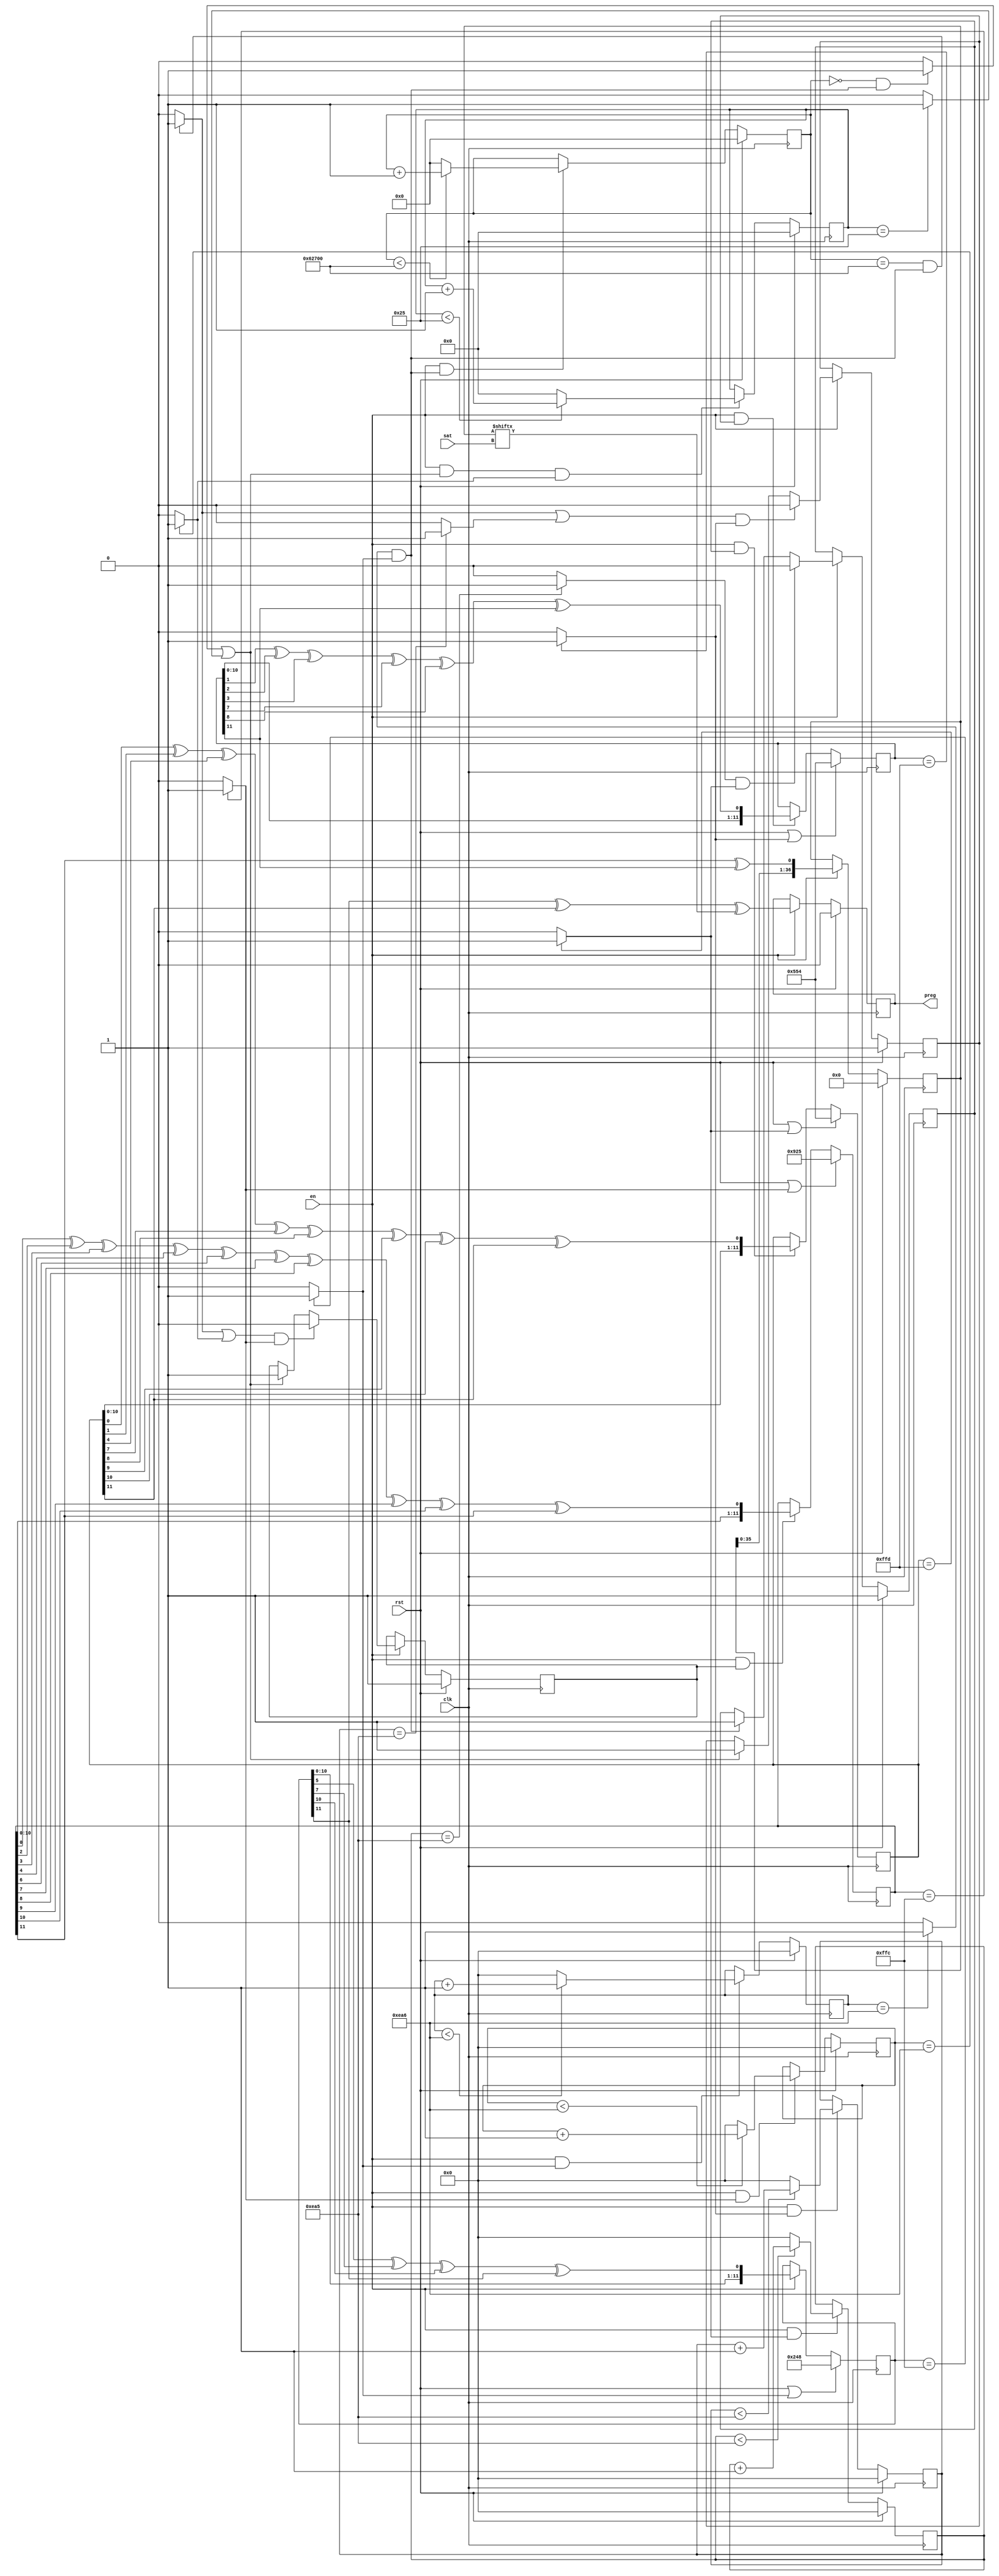
module pcode(
    clk, rst, en, sat,
    preg
);
    parameter SAT_WIDTH = 6;
    parameter SREG_WIDTH = 37;
    parameter XREG_WIDTH = 12;
    //parameter PREG_WIDTH = 32;
    parameter ini_x1a=12'b001001001000;
    parameter ini_x1b=12'b010101010100;
    parameter ini_x2a=12'b100100100101;
    parameter ini_x2b=12'b010101010100;

    input clk;
    input rst;
    input en;
    input [ SAT_WIDTH-1:0] sat;
`ifdef PREG_WIDTH
    output reg [PREG_WIDTH-1:0] preg;
`else
    output reg preg;
`endif
    
    reg[XREG_WIDTH-1:0] x1a;
    reg[XREG_WIDTH-1:0] x1b;
    reg[XREG_WIDTH-1:0] x2a;
    reg[XREG_WIDTH-1:0] x2b;
    reg[SREG_WIDTH-1:0] sreg;
    
    wire x1a_rst, x1b_rst, x2a_rst, x2b_rst;
    wire x1a_cnt_d, x1b_cnt_d, x2a_cnt_d, x2b_cnt_d, x_cnt_d, z_cnt_eow, z_cnt_sow;
    reg[XREG_WIDTH-1:0] x1a_cnt, x1b_cnt, x2a_cnt, x2b_cnt;
    reg[SAT_WIDTH-1:0] x_cnt;
    reg[18:0] z_cnt;
    
    reg x1b_en, x2a_en, x2b_en;
    wire x1b_res, x2a_res, x2b_res;
    wire x1b_halt, x2a_halt, x2b_halt;

    //////////////////////////////////////////
    //Control Signals
    //////////////////////////////////////////
    assign x1b_res = x1a_cnt_d & x1a_rst;
    assign x1b_halt= x1b_cnt_d & x1b_rst;
    
    assign x2a_res = z_cnt_sow|x_cnt_d;
    assign x2a_halt= (z_cnt_eow|x2a_cnt_d) & x2a_rst;
    
    assign x2b_res = x2a_res;
    assign x2b_halt= (z_cnt_eow|x2b_cnt_d) & x2b_rst;

    //////////////////////////////////////////
    //Clock Control Signals
    //////////////////////////////////////////
    always @(posedge clk) begin
        if(rst)
            x1b_en<=1;
        else if(en) begin
            if(x1b_halt)
                x1b_en<=0;
            else if(x1b_res)
                x1b_en<=1;
        end
    end
    
    always @(posedge clk) begin
        if(rst)
            x2a_en<=1;
        else if(en) begin
            if(x2a_halt)
                x2a_en<=0;
            else if(x2a_res)
                x2a_en<=1;
        end
    end
    
    always @(posedge clk) begin
        if(rst)
            x2b_en<=1;
        else if(en) begin
            if(x2b_halt)
                x2b_en<=0;
            else if(x2b_res)
                x2b_en<=1;
        end
    end

    //////////////////////////////////////////
    //Decoders
    //////////////////////////////////////////
    assign x1a_rst = (x1a==12'd4092) ? 1:0;
    assign x1b_rst = (x1b==12'd4093) ? 1:0;
    assign x2a_rst = (x2a==12'd4092) ? 1:0;
    assign x2b_rst = (x2b==12'd4093) ? 1:0;

    //////////////////////////////////////////
    //Counters
    //////////////////////////////////////////
    assign x1a_cnt_d = (x1a_cnt==12'd3750)   ? 1:0;
    assign x1b_cnt_d = (x1b_cnt==12'd3749)   ? 1:0;
    assign x2a_cnt_d = (x2a_cnt==12'd3750)   ? 1:0;
    assign x2b_cnt_d = (x2b_cnt==12'd3749)   ? 1:0;
    assign x_cnt_d   = (x_cnt  ==6'd37)      ? 1:0;
    assign z_cnt_sow = ((z_cnt  ==19'd000000)& x1b_res==1) ? 1:0;
    assign z_cnt_eow = ((z_cnt  ==19'd403200)& x1b_res==1) ? 1:0;

    always @(posedge clk) begin
        if(rst)
            x1a_cnt  <=0;
        else if(en & x1a_rst) begin
            if(x1a_cnt < 12'd3750)
                x1a_cnt <= x1a_cnt+1;
            else
                x1a_cnt <= 12'd0;
        end
    end
    
    always @(posedge clk) begin
        if(rst)
            x1b_cnt <=0;
        else if(en &x1b_rst) begin
            if(x1b_cnt < 12'd3749)
                x1b_cnt <= x1b_cnt+1;
            else
                x1b_cnt <= 12'd0;
        end
    end

    always @(posedge clk) begin
        if(rst)
            x2a_cnt<=0;
        else if(en &x2a_rst) begin
            if(x2a_cnt < 12'd3750)
                x2a_cnt <= x2a_cnt+1;
            else
                x2a_cnt <=12'd0;
        end
    end

    always @(posedge clk) begin
        if(rst)
            x2b_cnt  <=0;
        else if(en &x2b_rst) begin
            if(x2b_cnt < 12'd3749)
                x2b_cnt <= x2b_cnt+1;
            else
                x2b_cnt <=12'd0;
        end
    end

    always @(posedge clk) begin
        if(rst)
            x_cnt<=0;
        else if(en & x2a_res & x2a_cnt_d) begin
            if(x_cnt < 6'd37)
                x_cnt <= x_cnt+1;
            else
                x_cnt <=19'd0;
        end
    end

    always @(posedge clk) begin
        if(rst)
            z_cnt<=0;
        else if(en & x1b_res) begin
            if(z_cnt < 19'd403200)
                z_cnt <= z_cnt+1;
            else
                z_cnt <=19'd0;
        end
    end
    
    //////////////////////////////////////////
    //4 shift registers
    //////////////////////////////////////////
    always @(posedge clk) begin
        if(rst|x1a_rst)
            x1a<=ini_x1a;
        else if(en)
            x1a<={x1a[XREG_WIDTH-2:0],x1a[5]^x1a[7]^x1a[10]^x1a[11]};
    end
    
    always @(posedge clk) begin
        if(rst|x1b_rst)
            x1b<=ini_x1b;
        else if (en & x1b_en)
            x1b<={x1b[XREG_WIDTH-2:0],x1b[0]^x1b[1]^x1b[4]^x1b[7]^x1b[8]^x1b[9]^x1b[10]^x1b[11]};
    end

    always @(posedge clk) begin
        if(rst|x2a_rst)
            x2a<=ini_x2a;
        else if (en & x2a_en)
            x2a<={x2a[XREG_WIDTH-2:0],x2a[0]^x2a[2]^x2a[3]^x2a[4]^x2a[6]^x2a[7]^x2a[8]^x2a[9]^x2a[10]^x2a[11]};
    end

    always @(posedge clk) begin
        if(rst|x2b_rst)
            x2b<=ini_x2b;
        else if (en & x2b_en)
            x2b<={x2b[XREG_WIDTH-2:0],x2b[1]^x2b[2]^x2b[3]^x2b[7]^x2b[8]^x2b[11]};
    end
    
    //Output
    always @(posedge clk) begin
        if(rst)
            sreg<=32'b0;
        else if(en)
            sreg<={sreg[SREG_WIDTH-2:0],(x2a[XREG_WIDTH-1]^x2b[XREG_WIDTH-1])};
    end
    
    always @(posedge clk) begin
        if(rst)
`ifdef PREG_WIDTH
            preg<=32'b0;
`else
            preg<=1'b0;
`endif
        else if(en)
`ifdef PREG_WIDTH
            preg<={preg[PREG_WIDTH-2:0],(x1a[XREG_WIDTH-1]^x1b[XREG_WIDTH-1])^sreg[sat]};
`else
            preg<={(x1a[XREG_WIDTH-1]^x1b[XREG_WIDTH-1])^sreg[sat]};
`endif
    end

endmodule